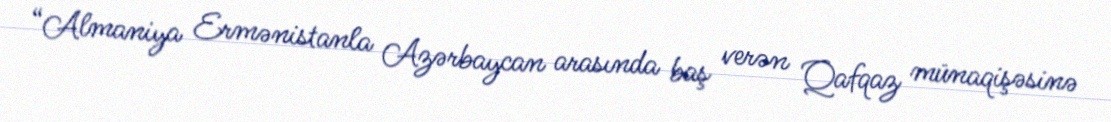
“Almaniya Ermənistanla Azərbaycan arasında baş verən Qafqaz münaqişəsinə